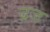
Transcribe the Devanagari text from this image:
द्रज